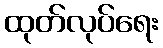
ထုတ်လုပ်ရေး